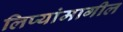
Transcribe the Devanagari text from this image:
लिप्यांमागील